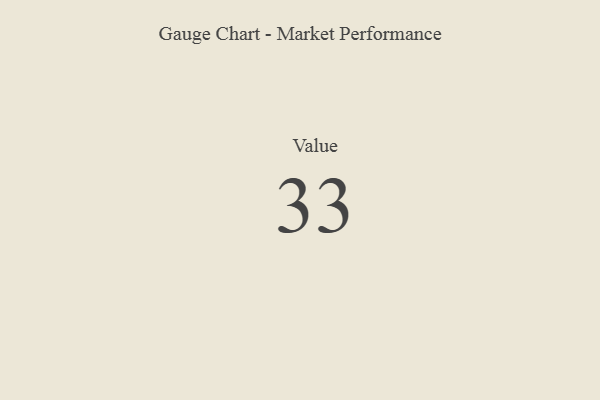
{"axis": {"x": "Metric", "y": "Value"}, "legend": [""], "data": [{"x": "Value", "y": 33, "type": ""}]}